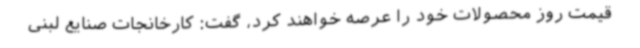
قیمت روز محصولات خود را عرصه خواهند کرد، گفت: کارخانجات صنایع لبنی